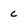
Character: c